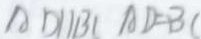
A D / / B 1 A D = B C